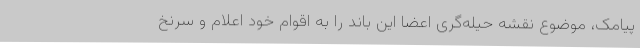
پیامک، موضوع نقشه حیله‌گری اعضا این باند را به اقوام خود اعلام و سرنخ